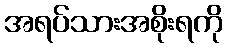
အရပ်သားအစိုးရကို